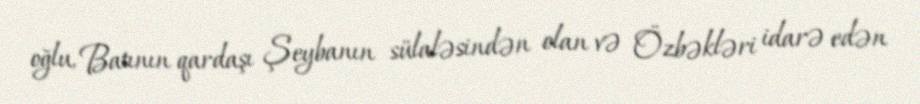
oğlu, Batının qardaşı Şeybanın sülaləsindən olan və Özbəkləri idarə edən